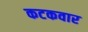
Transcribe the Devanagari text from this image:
कटकवार